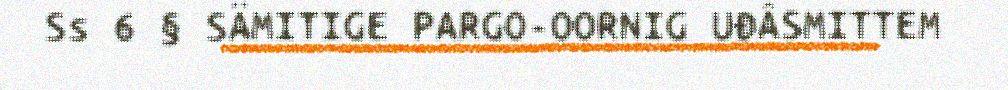
Ss 6 § SÄMITIGE PARGO-OORNIG UĐÂSMITTEM